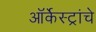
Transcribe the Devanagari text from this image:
ऑर्केस्ट्रांचे